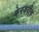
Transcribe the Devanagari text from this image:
केनजदीक